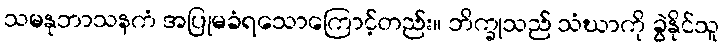
သမနုဘာသနကံ အပြုမခံရသောကြောင့်တည်း။ ဘိက္ခုသည် သံဃာကို ခွဲနိုင်သူ